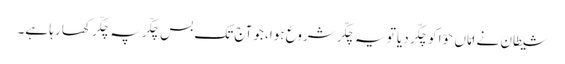
شیطان نے امّاں حوّا کو چکّر دیا تو یہ چکّر شروع ہوا، جو آج تک بس چکّر پہ چکّر کھا رہا ہے۔